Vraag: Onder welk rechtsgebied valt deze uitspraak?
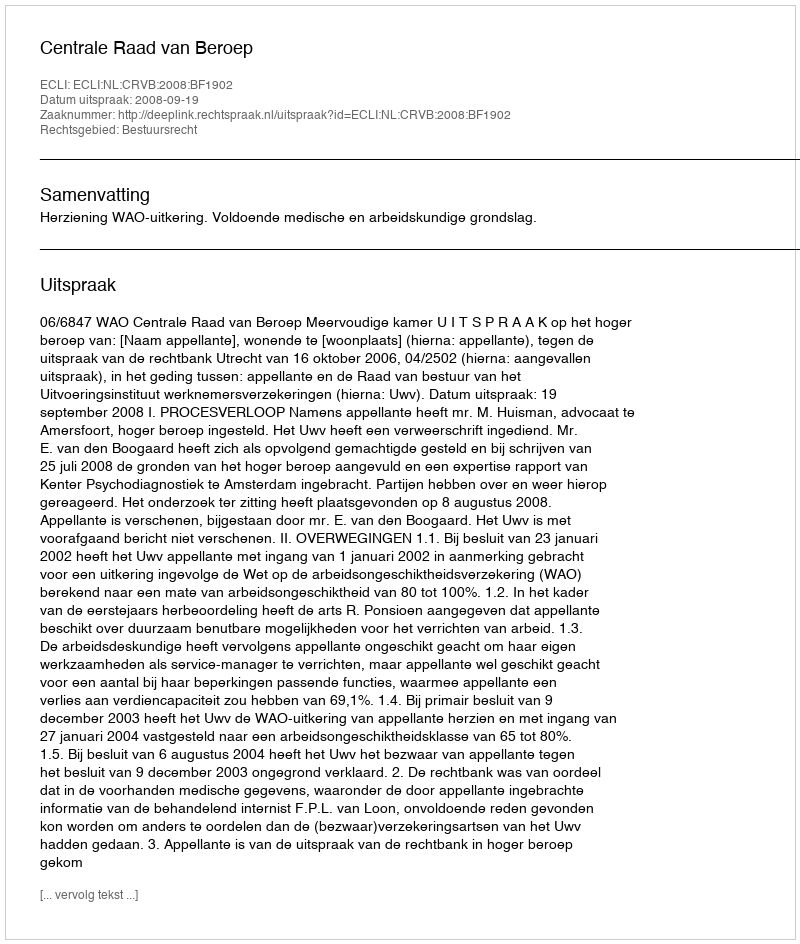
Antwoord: Bestuursrecht